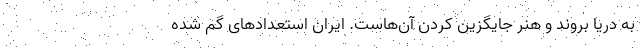
به دریا بروند و هنر جایگزین کردن آن‌هاست. ایران استعدادهای گم شده